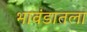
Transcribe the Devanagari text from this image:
भावंडातला